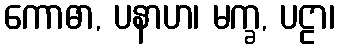
ကောဓာ, ပနာဟ၊ မက္ခ, ပဠာ၊